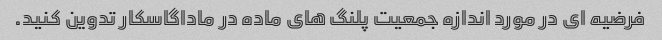
فرضیه ای در مورد اندازه جمعیت پلنگ های ماده در ماداگاسکار تدوین کنید.